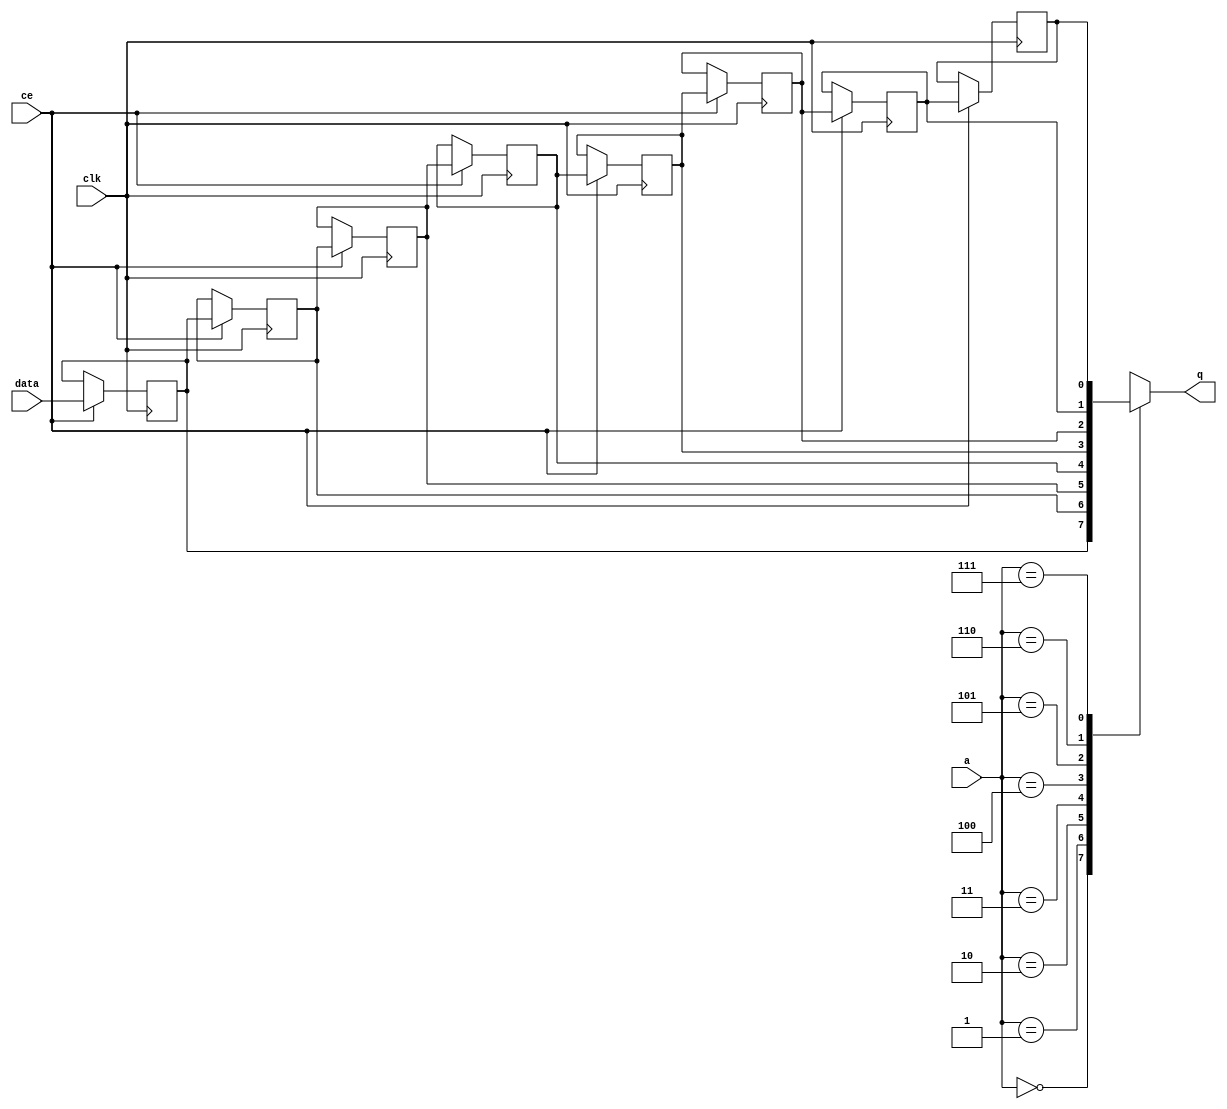
// ==============================================================
// File generated by Vivado(TM) HLS - High-Level Synthesis from C, C++ and SystemC
// Version: 2017.4.op
// Copyright (C) 1986-2018 Xilinx, Inc. All Rights Reserved.
// 
// ==============================================================


`timescale 1 ns / 1 ps

module start_for_write_mode_pre_merged_app_input_data_forwarder_U0_shiftReg (
    clk,
    data,
    ce,
    a,
    q);

parameter DATA_WIDTH = 32'd1;
parameter ADDR_WIDTH = 32'd3;
parameter DEPTH = 32'd8;

input clk;
input [DATA_WIDTH-1:0] data;
input ce;
input [ADDR_WIDTH-1:0] a;
output [DATA_WIDTH-1:0] q;

reg[DATA_WIDTH-1:0] SRL_SIG [0:DEPTH-1];
integer i;

always @ (posedge clk)
    begin
        if (ce)
        begin
            for (i=0;i<DEPTH-1;i=i+1)
                SRL_SIG[i+1] <= SRL_SIG[i];
            SRL_SIG[0] <= data;
        end
    end

assign q = SRL_SIG[a];

endmodule

module start_for_write_mode_pre_merged_app_input_data_forwarder_U0 (
    clk,
    reset,
    if_empty_n,
    if_read_ce,
    if_read,
    if_dout,
    if_full_n,
    if_write_ce,
    if_write,
    if_din);

parameter MEM_STYLE   = "shiftreg";
parameter DATA_WIDTH  = 32'd1;
parameter ADDR_WIDTH  = 32'd3;
parameter DEPTH       = 32'd8;

input clk;
input reset;
output if_empty_n;
input if_read_ce;
input if_read;
output[DATA_WIDTH - 1:0] if_dout;
output if_full_n;
input if_write_ce;
input if_write;
input[DATA_WIDTH - 1:0] if_din;

wire[ADDR_WIDTH - 1:0] shiftReg_addr ;
wire[DATA_WIDTH - 1:0] shiftReg_data, shiftReg_q;
wire                     shiftReg_ce;
reg[ADDR_WIDTH:0] mOutPtr = {(ADDR_WIDTH+1){1'b1}};
reg internal_empty_n = 0, internal_full_n = 1;

assign if_empty_n = internal_empty_n;
assign if_full_n = internal_full_n;
assign shiftReg_data = if_din;
assign if_dout = shiftReg_q;

always @ (posedge clk) begin
    if (reset == 1'b1)
    begin
        mOutPtr <= ~{ADDR_WIDTH+1{1'b0}};
        internal_empty_n <= 1'b0;
        internal_full_n <= 1'b1;
    end
    else begin
        if (((if_read & if_read_ce) == 1 & internal_empty_n == 1) && 
            ((if_write & if_write_ce) == 0 | internal_full_n == 0))
        begin
            mOutPtr <= mOutPtr - 1;
            if (mOutPtr == 0)
                internal_empty_n <= 1'b0;
            internal_full_n <= 1'b1;
        end 
        else if (((if_read & if_read_ce) == 0 | internal_empty_n == 0) && 
            ((if_write & if_write_ce) == 1 & internal_full_n == 1))
        begin
            mOutPtr <= mOutPtr + 1;
            internal_empty_n <= 1'b1;
            if (mOutPtr == DEPTH - 2)
                internal_full_n <= 1'b0;
        end 
    end
end

assign shiftReg_addr = mOutPtr[ADDR_WIDTH] == 1'b0 ? mOutPtr[ADDR_WIDTH-1:0]:{ADDR_WIDTH{1'b0}};
assign shiftReg_ce = (if_write & if_write_ce) & internal_full_n;

start_for_write_mode_pre_merged_app_input_data_forwarder_U0_shiftReg 
#(
    .DATA_WIDTH(DATA_WIDTH),
    .ADDR_WIDTH(ADDR_WIDTH),
    .DEPTH(DEPTH))
U_start_for_write_mode_pre_merged_app_input_data_forwarder_U0_ram (
    .clk(clk),
    .data(shiftReg_data),
    .ce(shiftReg_ce),
    .a(shiftReg_addr),
    .q(shiftReg_q));

endmodule